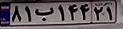
۸۱ب۱۴۴۲۱